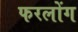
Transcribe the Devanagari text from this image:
फरलोंग